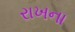
રાખના